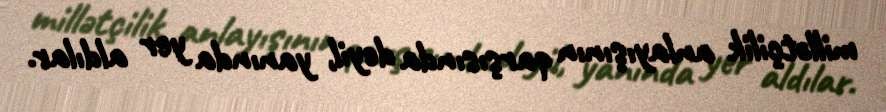
millətçilik anlayışının qarşısında deyil, yanında yer aldılar.